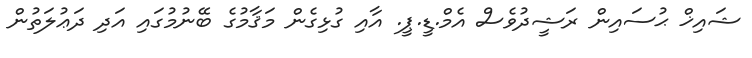
ޝައިޚް ޙުސައިން ރަޝީދުވެސް އެމް.ޑީ.ޕީ. އާއި ގުޅިގެން މަޤާމުގެ ބޭނުމުގައި އަދި ދަޢުލަތުން